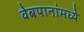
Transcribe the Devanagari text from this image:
वेबपानांमध्ये